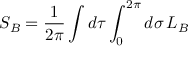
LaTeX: S _ { B } = \frac { 1 } { 2 \pi } \int d \tau \int _ { 0 } ^ { 2 \pi } d \sigma \, { \cal L } _ { B }